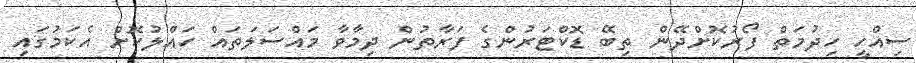
ސިއްހީ ހިދުމަތް ފޯރުކޮށްދޭން ތިބޭ ޑޮކްޓަރުންގެ ފަރާތުން ދިމާވާ މައްސަލަތައް ހައްލުކޮށް އެކަމުގައި